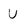
Character: U